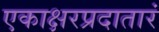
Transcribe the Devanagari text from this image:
एकाक्षरप्रदातारं